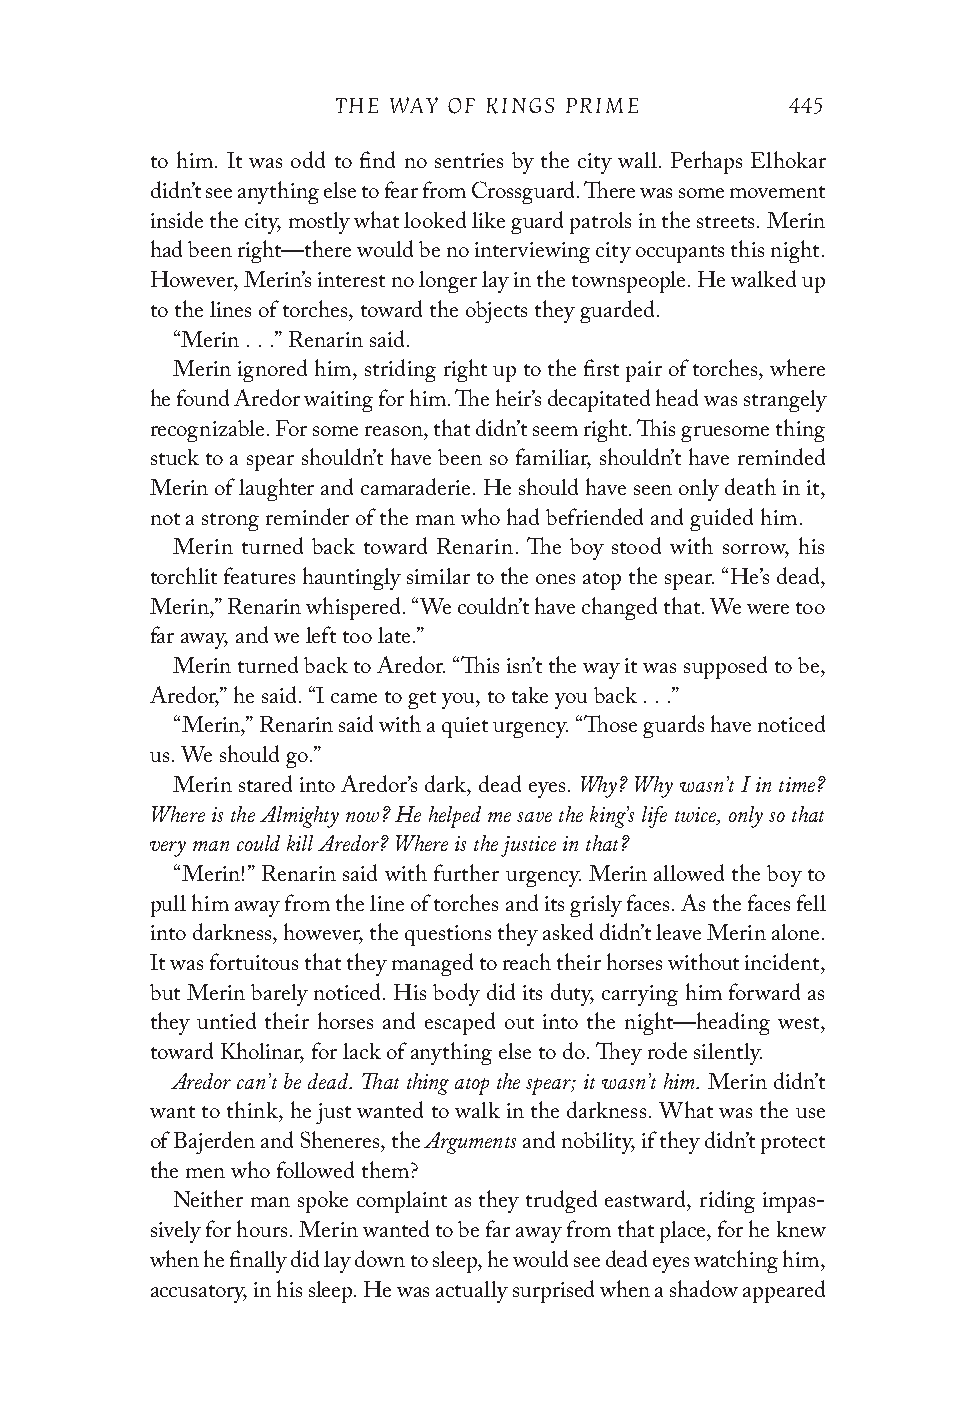
THE WAY OF KINGS PRIME        445
 to him. It was odd to find no sentries by the city wall. Perhaps Elhokar
 didn’t see anything else to fear from Crossguard. There was some movement
 inside the city, mostly what looked like guard patrols in the streets. Merin
 had been right—there would be no interviewing city occupants this night.
 However, Merin’s interest no longer lay in the townspeople. He walked up
 to the lines of torches, toward the objects they guarded.
 “Merin . . .” Renarin said.
 Merin ignored him, striding right up to the first pair of torches, where
 he found Aredor waiting for him. The heir’s decapitated head was strangely
 recognizable. For some reason, that didn’t seem right. This gruesome thing
 stuck to a spear shouldn’t have been so familiar, shouldn’t have reminded
 Merin of laughter and camaraderie. He should have seen only death in it,
 not a strong reminder of the man who had befriended and guided him.
 Merin turned back toward Renarin. The boy stood with sorrow, his
 torchlit features hauntingly similar to the ones atop the spear. “He’s dead,
 Merin,” Renarin whispered. “We couldn’t have changed that. We were too
 far away, and we left too late.”
 Merin turned back to Aredor. “This isn’t the way it was supposed to be,
 Aredor,” he said. “I came to get you, to take you back . . .”
 “Merin,” Renarin said with a quiet urgency. “Those guards have noticed
 us. We should go.”
 Why? Why wasn’t I in time?
 Merin stared into Aredor’s dark, dead eyes.
 Where is the Almighty now? He helped me save the king’s life twice, only so that
 very man could kill Aredor? Where is the justice in that?
 “Merin!” Renarin said with further urgency. Merin allowed the boy to
 pull him away from the line of torches and its grisly faces. As the faces fell
 into darkness, however, the questions they asked didn’t leave Merin alone.
 It was fortuitous that they managed to reach their horses without incident,
 but Merin barely noticed. His body did its duty, carrying him forward as
 they untied their horses and escaped out into the night—heading west,
 toward Kholinar, for lack of anything else to do. They rode silently.
 Aredor can’t be dead. That thing atop the spear; it wasn’t him.
 Merin didn’t
 want to think, he just wanted to walk in the darkness. What was the use
 Arguments
 of Bajerden and Sheneres, the and nobility, if they didn’t protect
 the men who followed them?
 Neither man spoke complaint as they trudged eastward, riding impas-
 sively for hours. Merin wanted to be far away from that place, for he knew
 when he finally did lay down to sleep, he would see dead eyes watching him,
 accusatory, in his sleep. He was actually surprised when a shadow appeared